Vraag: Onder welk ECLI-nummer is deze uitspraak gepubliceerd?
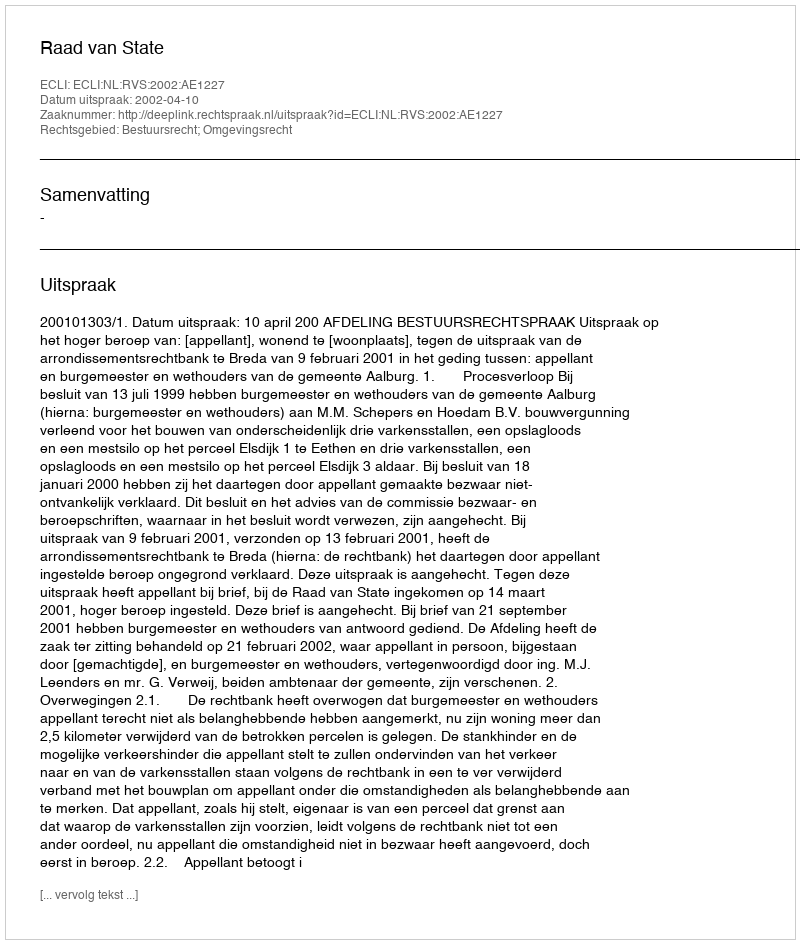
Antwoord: ECLI:NL:RVS:2002:AE1227